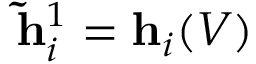
\mathbf { \tilde { h } } _ { i } ^ { 1 } = \mathbf { h } _ { i } ( V )